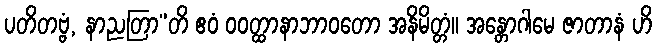
ပတိတဗ္ဗံ, နာညတြာ”တိ ဧဝံ ဝဝတ္ထာနာဘာဝတော အနိမိတ္တံ။ အန္တောဂါမေ ဇာတာနံ ဟိ